Indian journal of veterinary science and animal husbandry - Volume 2,
Year: 1932
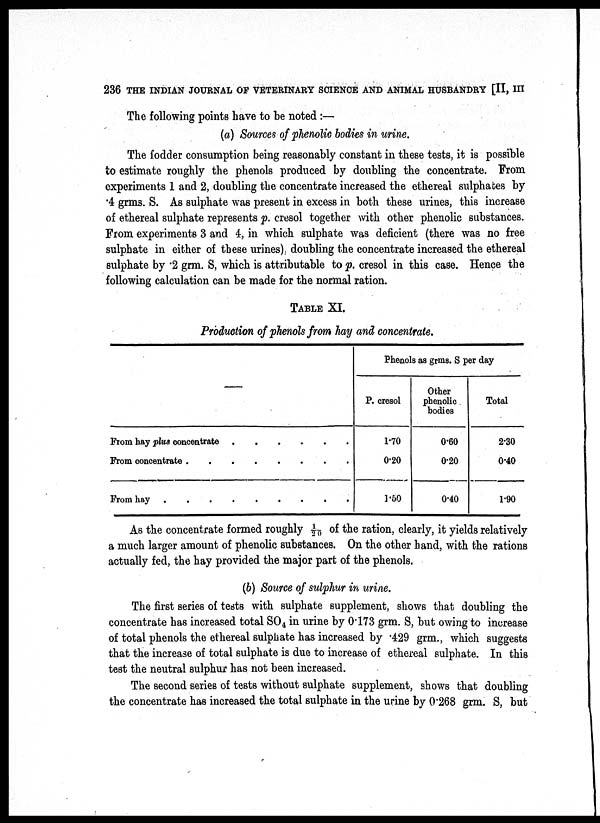
236 THE INDIAN JOURNAL OF VETERINARY SCIENCE AND ANIMAL HUSBANDRY [II, III
The following points have to be noted :—
(a) Sources of phenolic bodies in urine.
The fodder consumption being reasonably constant in these tests, it is possible
to estimate roughly the phenols produced by doubling the concentrate. From
experiments 1 and 2, doubling the concentrate increased the ethereal sulphates by
.4 grms. S. As sulphate was present in excess in both these urines, this increase
of ethereal sulphate represents p. cresol together with other phenolic substances.
From experiments 3 and 4, in which sulphate was deficient (there was no free
sulphate in either of these urines), doubling the concentrate increased the ethereal
sulphate by .2 grm. S, which is attributable to p. cresol in this case. Hence the
following calculation can be made for the normal ration.
TABLE XI.
Production of phenols from hay and concentrate.
From hay plus concentrate
.
.
.
.
.
.
From concentrate . . . . . . . .
From hay . . . . . . . . .
Phenols as grms. S per day
P. cresol
1.70
0.20
1.50
Other
phenolic
bodies
0.60
0.20
0.40
Total
2.30
0.40
1.90
As the concentrate formed roughly 1/20 of the ration, clearly, it yields relatively
a much larger amount of phenolic substances. On the other hand, with the rations
actually fed, the hay provided the major part of the phenols.
(b) Source of sulphur in urine.
The first series of tests with sulphate supplement, shows that doubling the
concentrate has increased total SO 4 in urine by 0.173 grm. S, but owing to increase
of total phenols the ethereal sulphate has increased by .429 grm., which suggests
that the increase of total sulphate is due to increase of ethereal sulphate. In this
test the neutral sulphur has not been increased.
The second series of tests without sulphate supplement, shows that doubling
the concentrate has increased the total sulphate in the urine by 0.268 grm. S, but